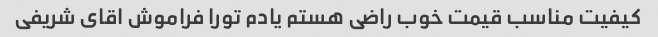
کیفیت مناسب قیمت خوب راضی هستم یادم تورا فراموش اقای شریفی